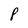
Character: P